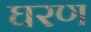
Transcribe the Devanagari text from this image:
घरण